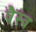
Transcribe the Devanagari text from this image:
वैस्‍व